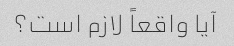
آیا واقعاً لازم است؟